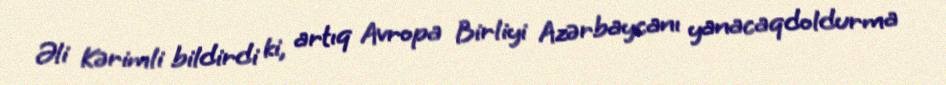
Əli Kərimli bildirdi ki, artıq Avropa Birliyi Azərbaycanı yanacaqdoldurma